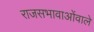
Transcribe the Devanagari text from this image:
राजसभावाओंवाले